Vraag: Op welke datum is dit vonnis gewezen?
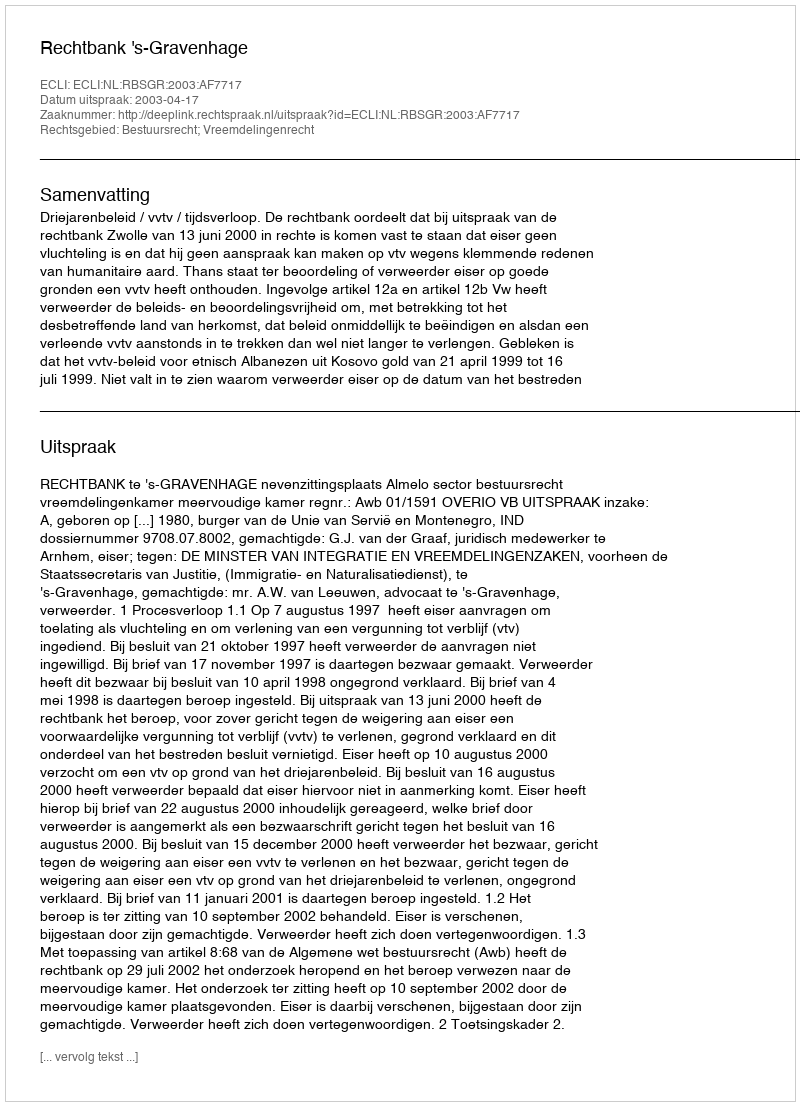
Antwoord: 2003-04-17